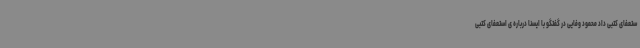
ستعفای کتبی داد محمود وفایی در گفتگو با ایسنا درباره ی استعفای کتبی